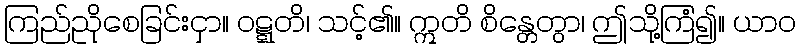
ကြည်ညိုစေခြင်းငှာ။ ဝဋ္ဋတိ၊ သင့်၏။ ဣတိ စိန္တေတွာ၊ ဤသို့ကြံ၍။ ယာဝ